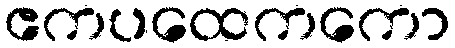
ဧကပထေကကော